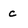
Character: c